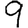
Digit: 9